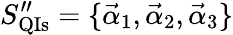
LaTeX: S_{\mathrm{QIs}}^{\prime\prime}=\{ \vec{\alpha}_{1},\vec{\alpha}_{2},\vec{\alpha}_{3}\}